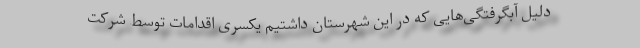
دلیل آبگرفتگی‌هایی که در این شهرستان داشتیم یکسری اقدامات توسط شرکت